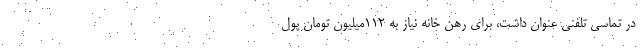
در تماسی تلفنی عنوان داشت، برای رهن خانه نیاز به ۱۱۲میلیون تومان پول